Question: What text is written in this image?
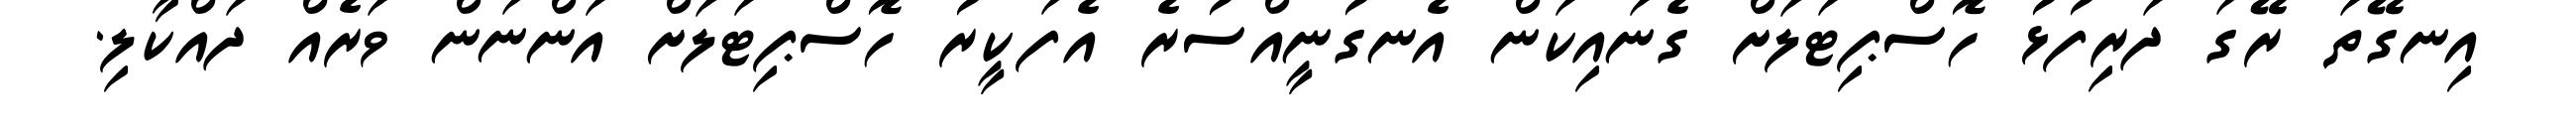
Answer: އިނގޭތަ ރޭގަ ދަރިފުޅު ހޮސްޕިޓަލަށް ގެނައިކަން އެނގުނީއްސުރެ އެފަކީރު ހޮސްޕިޓަލަށް އަންނަން ވަރެއް ދައްކާލި.